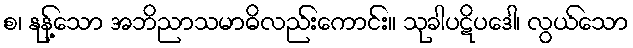
စ၊ နုန့်သော အဘိညာသမာဓိလည်းကောင်း။ သုခါပဋိပဒေါ၊ လွယ်သော